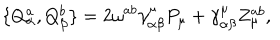
\{ Q _ { \alpha } ^ { a } , Q _ { \beta } ^ { b } \} = 2 \omega ^ { a b } \gamma _ { \alpha \beta } ^ { \mu } P _ { \mu } + \gamma _ { \alpha \beta } ^ { \mu } Z _ { \mu } ^ { a b } ,